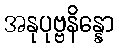
အနုပုဗ္ဗနိန္နော